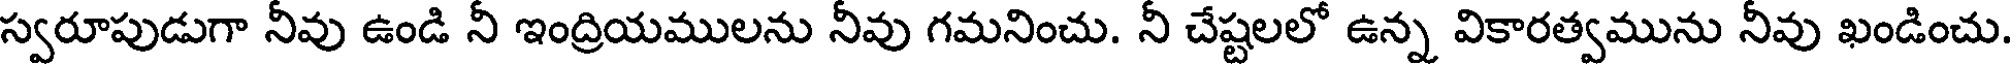
స్వరూపుడుగా నీవు ఉండి నీ ఇంద్రియములను నీవు గమనించు. నీ చేష్టలలో ఉన్న వికారత్వమును నీవు ఖండించు